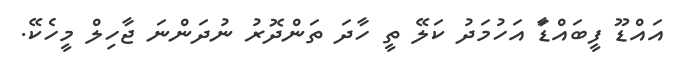
އައްޑޫ ފީބައްޑަާ އަހުމަދު ކަލޭ ތީ ހާދަ ތަންދޮރު ނުދަންނަ ޖާހިލް މީހެކޭ.